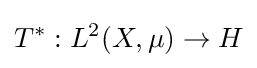
T^{*}:L^{2}(X,\mu )\to H